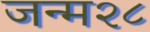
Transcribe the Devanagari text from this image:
जन्म२८